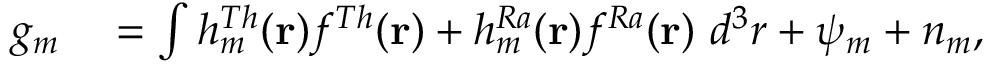
\begin{array} { r l } { g _ { m } } & { { } = \int h _ { m } ^ { T h } ( \mathbf { r } ) f ^ { T h } ( \mathbf { r } ) + h _ { m } ^ { R a } ( \mathbf { r } ) f ^ { R a } ( \mathbf { r } ) ~ d ^ { 3 } r + \psi _ { m } + n _ { m } , } \end{array}